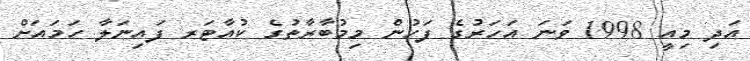
އަދި މިއީ 1998 ވަނަ އަހަރުގެ ފަހުން މިމުބާރާތުގެ ކުއާޓަރ ފައިނަލާ ހަމައަށް